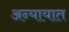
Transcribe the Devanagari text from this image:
अन्यायात